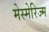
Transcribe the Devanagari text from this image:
मेस्मेरिज्म